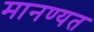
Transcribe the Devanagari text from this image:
मानण्यत